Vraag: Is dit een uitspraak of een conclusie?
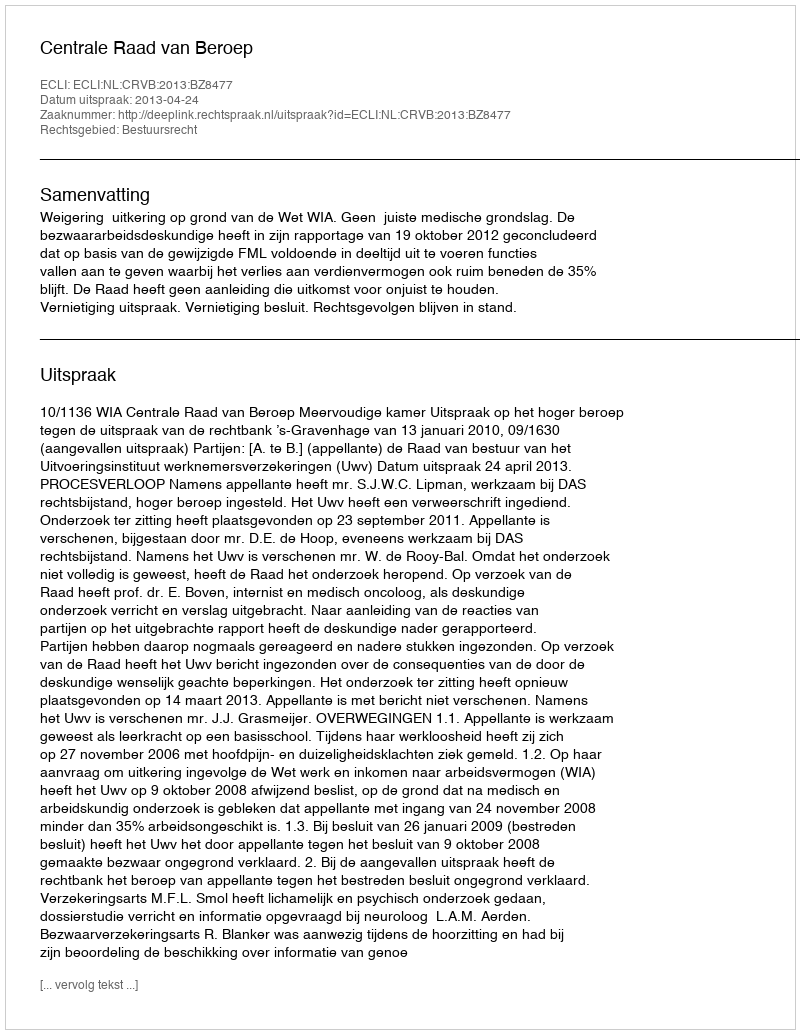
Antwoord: Uitspraak